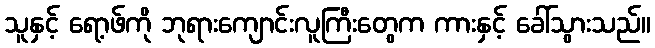
သူနှင့် ရော့ဖ်ကို ဘုရားကျောင်းလူကြီးတွေက ကားနှင့် ခေါ်သွားသည်။